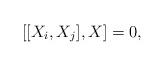
LaTeX: \begin{align*}[[X_i,X_j],X]=0,\end{align*}